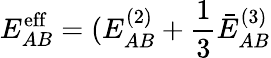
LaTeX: E_{AB}^{\mathrm{eff}}=(E_{AB}^{(2)}+\frac{1}{3}\bar{E}_{AB}^{(3)}